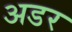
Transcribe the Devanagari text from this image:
अडर